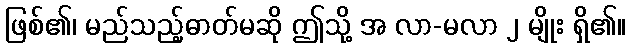
ဖြစ်၏၊ မည်သည့်ဓာတ်မဆို ဤသို့ အ လာ-မလာ ၂ မျိုး ရှိ၏။